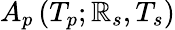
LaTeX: A_{p}\left(T_{p};\mathbb{R}_{s},T_{s}\right)